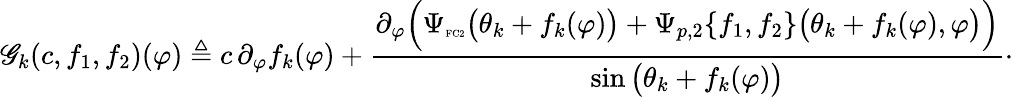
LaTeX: \mathscr{G}_{k}(c,f_{1},f_{2})(\varphi)\triangleq c\, \partial_{\varphi}f_{k}(\varphi)+\frac{\partial_{\varphi}\Big(\Psi_{\textnormal{\tiny{FC2}}}\big(\theta_{k}+f_{k}(\varphi)\big)+\Psi_{p,2}\{ f_{1},f_{2}\} \big(\theta_{k}+f_{k}(\varphi),\varphi\big)\Big)}{\sin\big(\theta_{k}+f_{k}(\varphi)\big)}\cdot